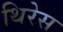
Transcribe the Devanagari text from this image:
थिरेस